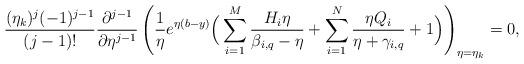
LaTeX: \begin{align*}\frac{(\eta_k)^j(-1)^{j-1}}{(j-1)!}\frac{\partial^{j-1}}{\partial \eta^{j-1}}\left(\frac{1}{\eta}e^{\eta(b-y)}\Big(\sum_{i=1}^{M}\frac{H_i\eta}{\beta_{i,q}-\eta}+\sum_{i=1}^{N}\frac{\eta Q_i}{\eta+\gamma_{i,q}}+1\Big)\right)_{\eta=\eta_k}=0,\end{align*}